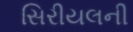
સિરીયલની